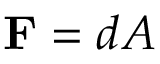
\mathbf { F } = d A